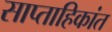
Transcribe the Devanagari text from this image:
साप्ताहिकांत